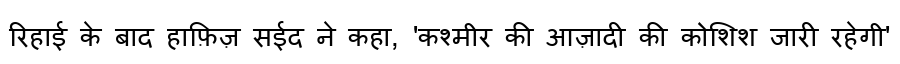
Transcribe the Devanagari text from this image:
रिहाई के बाद हाफ़िज़ सईद ने कहा, 'कश्मीर की आज़ादी की कोशिश जारी रहेगी'